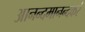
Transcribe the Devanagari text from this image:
आनन्दमानन्दकरं